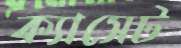
ক্যাসেট